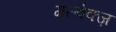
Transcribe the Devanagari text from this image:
गल्वेक्ज़